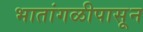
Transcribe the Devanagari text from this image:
भातांगळीपासून